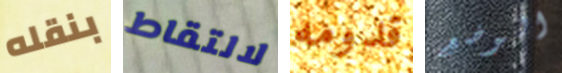
بنقله لالتقاط قدومه الوضع